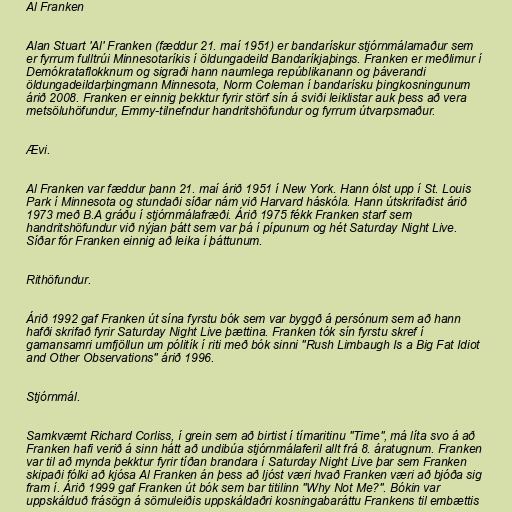
Al Franken

Alan Stuart 'Al' Franken (fæddur 21. maí 1951) er bandarískur stjórnmálamaður sem
er fyrrum fulltrúi Minnesotaríkis í öldungadeild Bandaríkjaþings. Franken er meðlimur í
Demókrataflokknum og sigraði hann naumlega repúblikanann og þáverandi
öldungadeildarþingmann Minnesota, Norm Coleman í bandarísku þingkosningunum
árið 2008. Franken er einnig þekktur fyrir störf sín á sviði leiklistar auk þess að vera
metsöluhöfundur, Emmy-tilnefndur handritshöfundur og fyrrum útvarpsmaður.

Ævi.

Al Franken var fæddur þann 21. maí árið 1951 í New York. Hann ólst upp í St. Louis
Park í Minnesota og stundaði síðar nám við Harvard háskóla. Hann útskrifaðist árið
1973 með B.A gráðu í stjórnmálafræði. Árið 1975 fékk Franken starf sem
handritshöfundur við nýjan þátt sem var þá í pípunum og hét Saturday Night Live.
Síðar fór Franken einnig að leika í þáttunum.

Rithöfundur.

Árið 1992 gaf Franken út sína fyrstu bók sem var byggð á persónum sem að hann
hafði skrifað fyrir Saturday Night Live þættina. Franken tók sín fyrstu skref í
gamansamri umfjöllun um pólitík í riti með bók sinni "Rush Limbaugh Is a Big Fat Idiot
and Other Observations" árið 1996.

Stjórnmál.

Samkvæmt Richard Corliss, í grein sem að birtist í tímaritinu "Time", má líta svo á að
Franken hafi verið á sinn hátt að undibúa stjórnmálaferil allt frá 8. áratugnum. Franken
var til að mynda þekktur fyrir tíðan brandara í Saturday Night Live þar sem Franken
skipaði fólki að kjósa Al Franken án þess að ljóst væri hvað Franken væri að bjóða sig
fram í. Árið 1999 gaf Franken út bók sem bar titilinn "Why Not Me?". Bókin var
uppskálduð frásögn á sömuleiðis uppskáldaðri kosningabaráttu Frankens til embættis